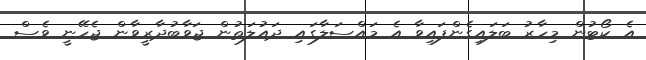
އެ ކޯޓުން މިހާރު ބަލައިގެންފައިވާ އެ މައްސަލާގައި ދައުލަތުން ޖަވާބުދާރީވާން ޖެހޭނީ ވެސް